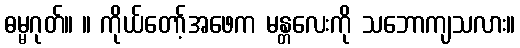
ဓမ္မဂုတ်။ ။ ကိုယ်တော့်အဖေက မန္တလေးကို သဘောကျသလား။